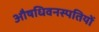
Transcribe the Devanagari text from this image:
औषधिवनस्पतियों